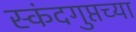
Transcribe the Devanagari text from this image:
स्कंदगुप्तच्या